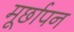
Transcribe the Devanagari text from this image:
मूर्छापन